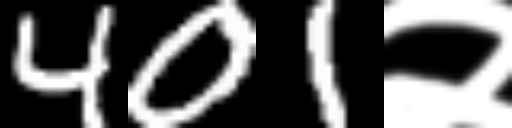
Text: 401२